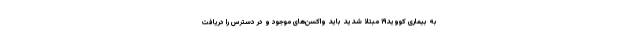
به بیماری کووید۱۹ مبتلا شدید باید واکسن‌های موجود و در دسترس را دریافت